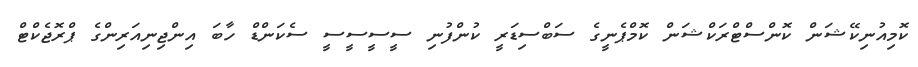
ކޮމިއުނިކޭޝަން ކޮންސްޓްރަކްޝަން ކޮމްޕެނީގެ ސަބްސިޑަރީ ކުންފުނި ސީސީސީސީ ސެކަންޑް ހާބަ އިންޖިނިއަރިންގެ ޕްރޮޖެކްޓް